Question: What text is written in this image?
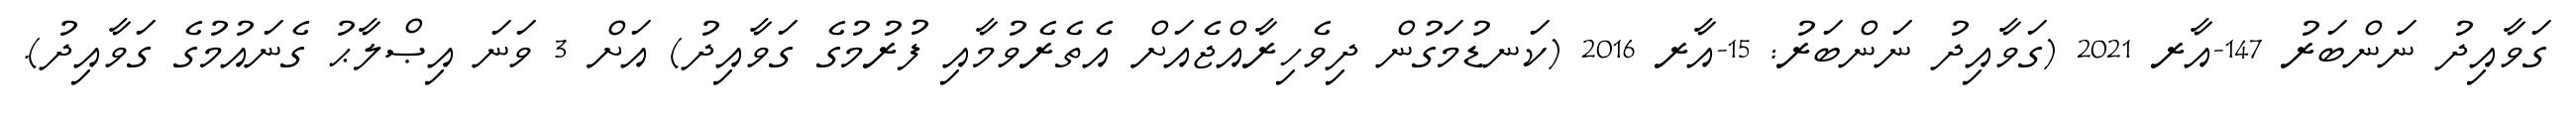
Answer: ގަވާއިދު ނަންބަރު 147-އާރ 2021 (ގަވާއިދު ނަންބަރު: 15-އާރ 2016 (ކަނޑުމަގުން ދިވެހިރާއްޖެއަށް އެތެރެވުމާއި ފުރުމުގެ ގަވާއިދު) އަށް 3 ވަނަ އިޞްލާޙު ގެނައުމުގެ ގަވާއިދު).